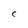
Character: C